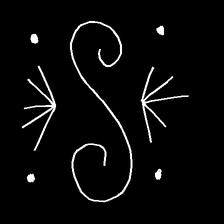
Glyph: aeroform